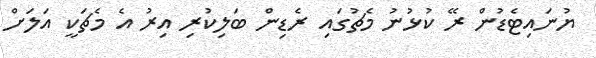
ޔުނައިޓެޑުން ރޭ ކުޅުނު މެޗުގައި ރެޑިން ބަލިކުރި އިރު އެ މެޗަކީ އަލަށް